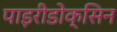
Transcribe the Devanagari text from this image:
पाइरीडोक्सिन